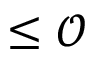
\leq \mathcal { O }